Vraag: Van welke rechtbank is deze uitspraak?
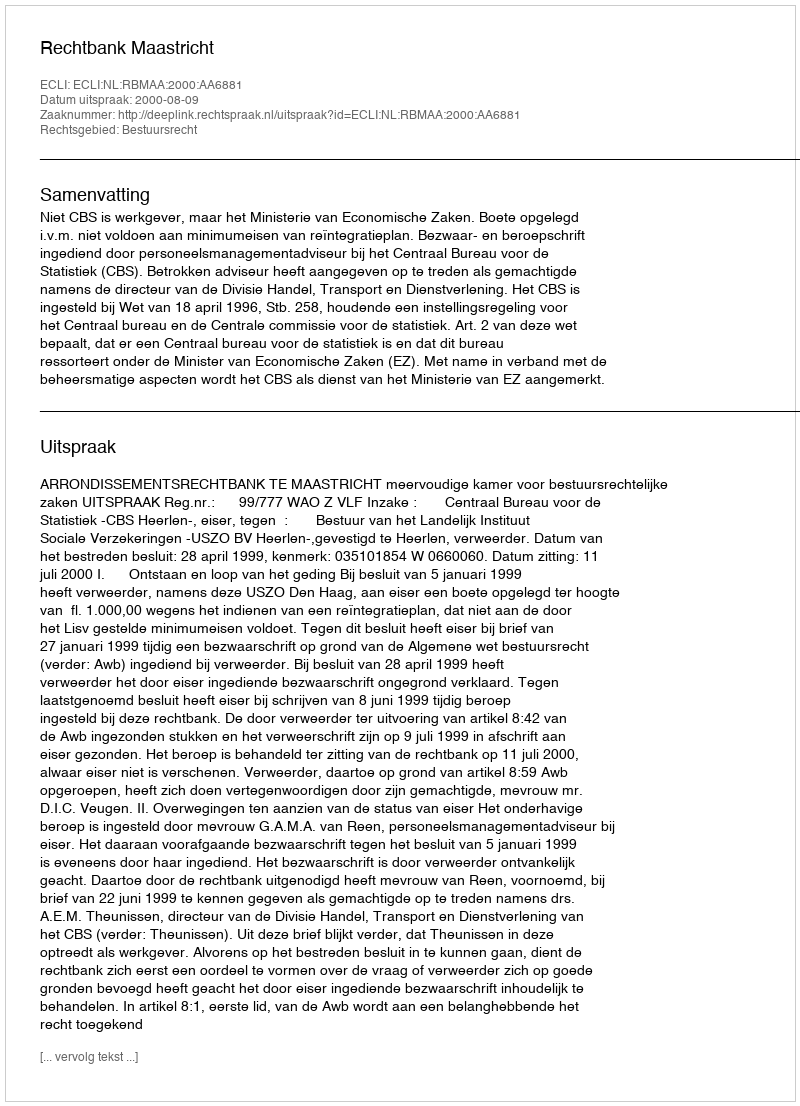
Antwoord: Rechtbank Maastricht